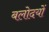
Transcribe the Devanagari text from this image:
बलोदयों